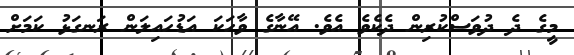
މީގެ ދެ ދުވަސްކުރިން ދެކެވެ އެވެ. އޭނާގެ ވާހަކަ އަޑުހައިލަން ރަނގަޅު ކަމަށް